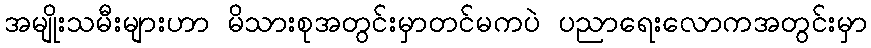
အမျိုးသမီးများဟာ မိသားစုအတွင်းမှာတင်မကပဲ ပညာရေးလောကအတွင်းမှာ